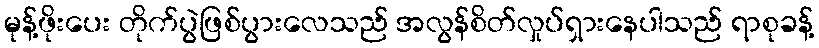
မုန့်ဖိုးပေး တိုက်ပွဲဖြစ်ပွားလေသည် အလွန်စိတ်လှုပ်ရှားနေပါသည် ရာစုခန့်